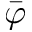
\bar { \varphi }